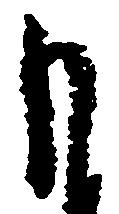
も